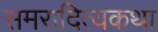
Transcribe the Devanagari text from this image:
समरादित्यकथा